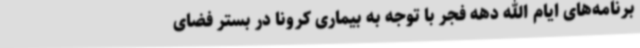
برنامه‌های ایام الله دهه فجر با توجه به بیماری کرونا در بستر فضای